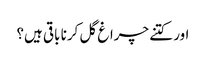
اور کتنے چراغ گل کرنا باقی ہیں؟